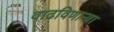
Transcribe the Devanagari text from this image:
वाढविणाऱ्या